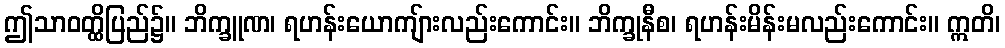
ဤသာဝတ္ထိပြည်၌။ ဘိက္ခူဏ၊ ရဟန်းယောကျ်ားလည်းကောင်း။ ဘိက္ခုနီစ၊ ရဟန်းမိန်းမလည်းကောင်း။ ဣတိ၊